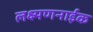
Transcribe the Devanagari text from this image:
लक्ष्मणनाईक